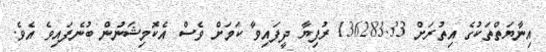
އިނާޔަތްތަކުގެ އިތުރަށް 136283.33 ރުފިޔާ ދީފައިވާ ކަމަށް ވެސް އެކޮމިޝަނުން ބުނެފައިވެ އެވެ.